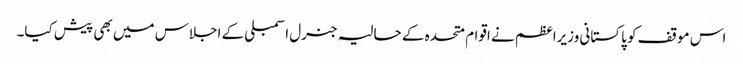
اس موقف کو پاکستانی وزیراعظم نے اقوام متحدہ کے حالیہ جنرل اسمبلی کے اجلاس میں بھی پیش کیا۔